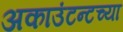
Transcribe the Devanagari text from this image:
अकाउंटन्टच्या